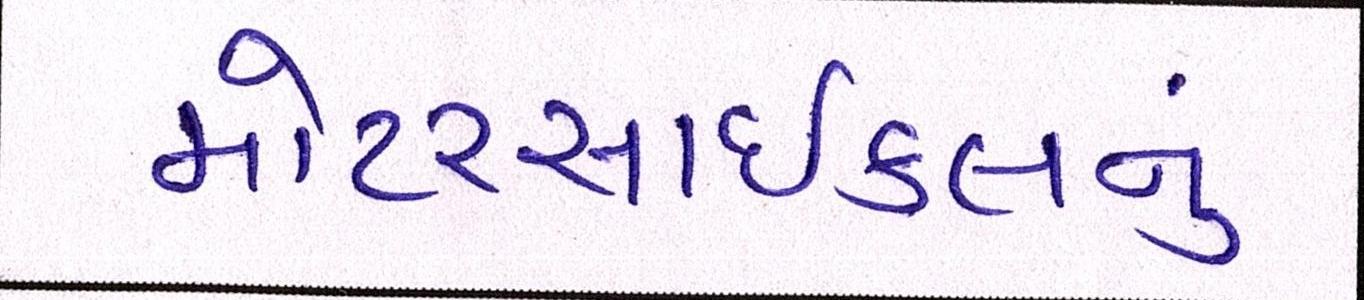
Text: મોટરસાઇકલનું